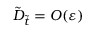
\tilde { D } _ { \tilde { t } } = O ( \varepsilon )